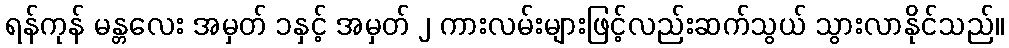
ရန်ကုန် မန္တလေး အမှတ် ၁နှင့် အမှတ် ၂ ကားလမ်းများဖြင့်လည်းဆက်သွယ် သွားလာနိုင်သည်။